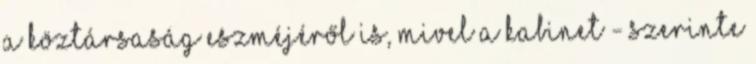
a köztársaság eszméjéről is, mivel a kabinet - szerinte